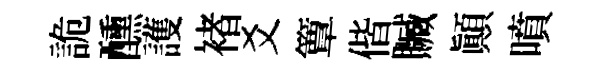
詭醺護褚爻簟偕贓顚噴